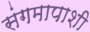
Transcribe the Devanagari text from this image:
संगमापाशी